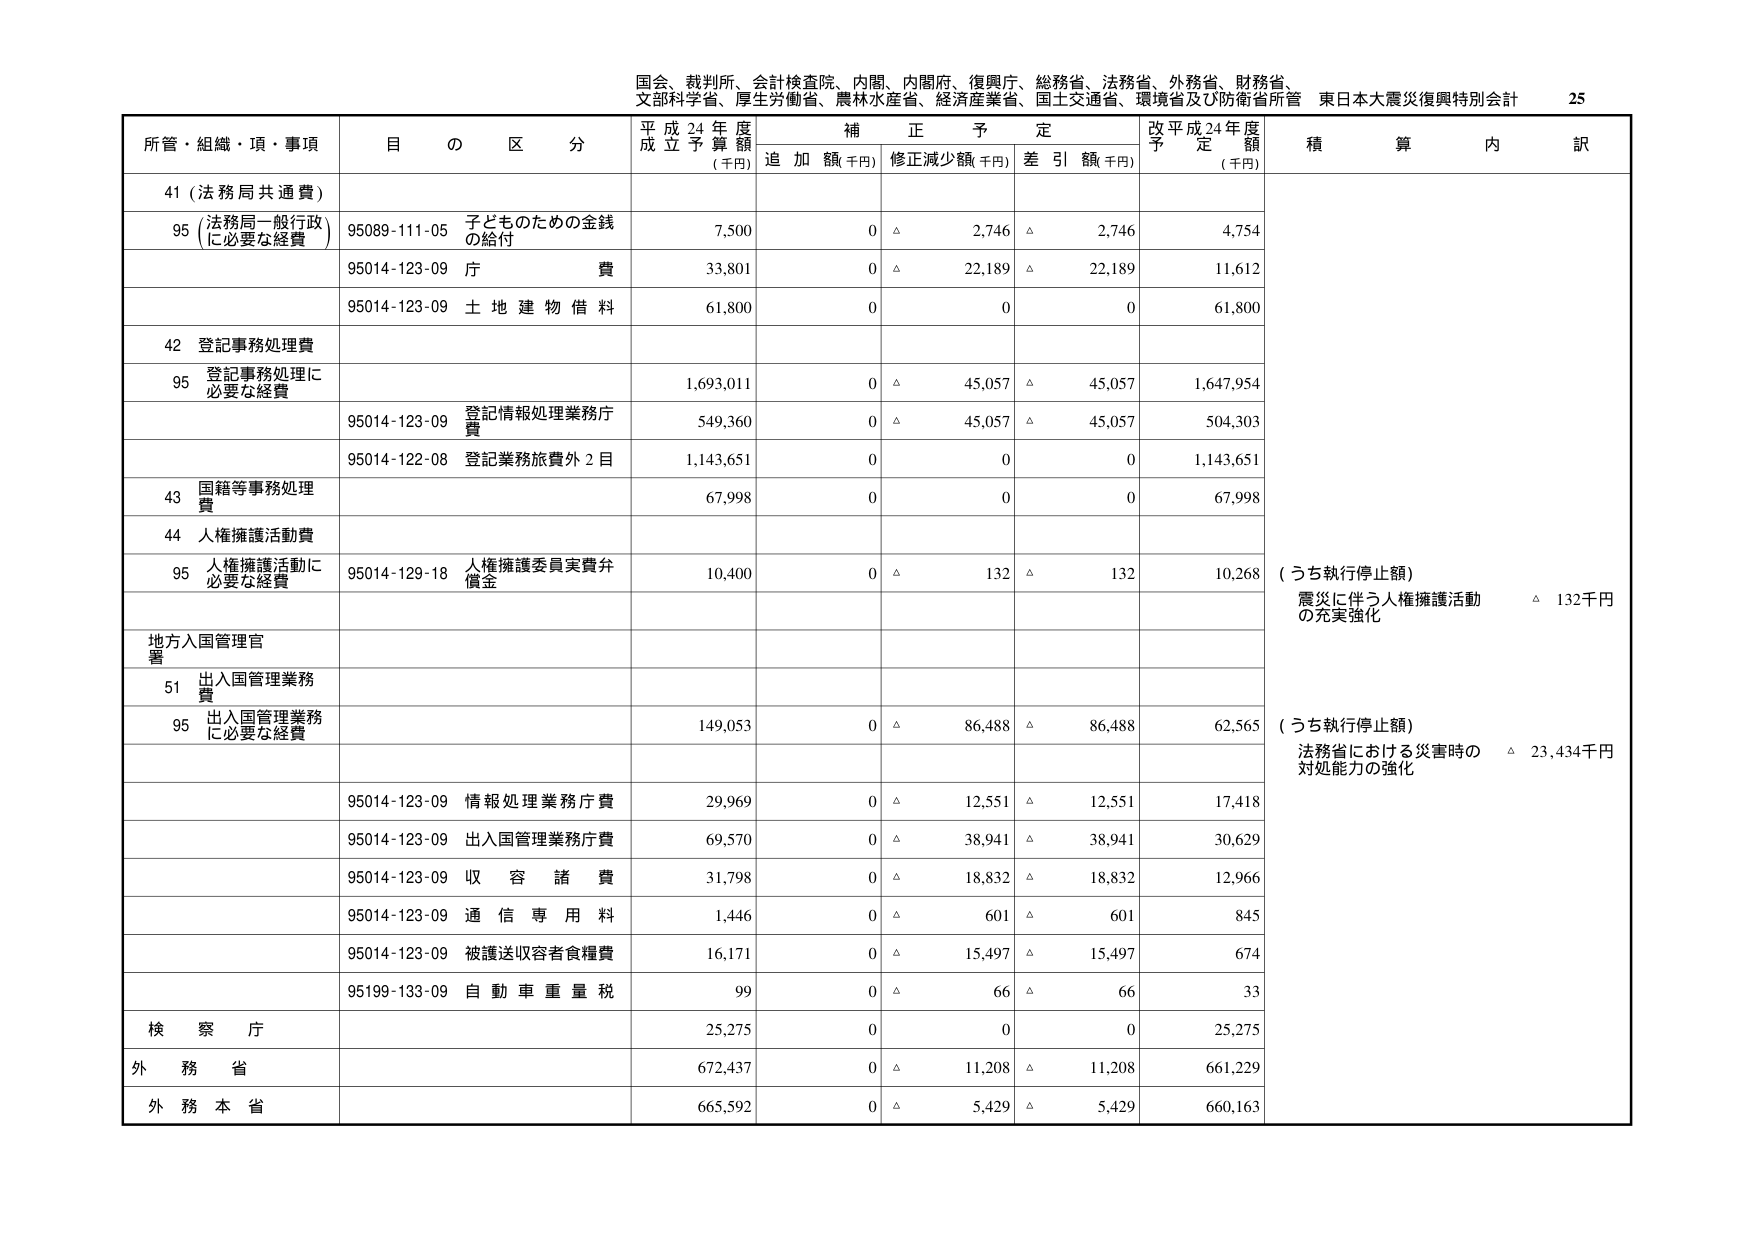
国会、裁判所、会計検査院、内閣、内閣府、復興庁、総務省、法務省、外務省、財務省、
文部科学省、厚生労働省、農林水産省、経済産業省、国土交通省、環境省及び防衛省所管 東日本大震災復興特別会計 25

所管・組織・項・事項 目 の 区 分 平成24年度成立予算額 (千円) 補正予定 追加額(千円) 修正減少額(千円) 差引額(千円) 改平成24年度予定額 (千円) 積算内訳

41 (法務局共通費)

95 (法務局一般行政に必要な経費) 95089-111-05 子どものための金銭の給付 7,500 0 △ 2,746 △ 2,746 4,754
95014-123-09 庁費 33,801 0 △ 22,189 △ 22,189 11,612
95014-123-09 土地建物借料 61,800 0 0 0 61,800

42 登記事務処理費

95 登記事務処理に必要な経費 1,693,011 0 △ 45,057 △ 45,057 1,647,954
95014-123-09 登記情報処理業務庁費 549,360 0 △ 45,057 △ 45,057 504,303
95014-122-08 登記業務旅費外2目 1,143,651 0 0 0 1,143,651

43 国籍等事務処理費 67,998 0 0 0 67,998

44 人権擁護活動費

95 人権擁護活動に必要な経費 95014-129-18 人権擁護委員実費弁償金 10,400 0 △ 132 △ 132 10,268 (うち執行停止額) 震災に伴う人権擁護活動の充実強化 △ 132千円

地方入国管理官署

51 出入国管理業務費

95 出入国管理業務に必要な経費 149,053 0 △ 86,488 △ 86,488 62,565 (うち執行停止額) 法務省における災害時の対処能力の強化 △ 23,434千円

95014-123-09 情報処理業務庁費 29,969 0 △ 12,551 △ 12,551 17,418
95014-123-09 出入国管理業務庁費 69,570 0 △ 38,941 △ 38,941 30,629
95014-123-09 収容諸費 31,798 0 △ 18,832 △ 18,832 12,966
95014-123-09 通信専用料 1,446 0 △ 601 △ 601 845
95014-123-09 被護送収容者食糧費 16,171 0 △ 15,497 △ 15,497 674
95199-133-09 自動車重量税 99 0 △ 66 △ 66 33

検察庁 25,275 0 0 0 25,275

外務省 672,437 0 △ 11,208 △ 11,208 661,229

外務本省 665,592 0 △ 5,429 △ 5,429 660,163